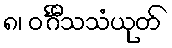
၈၊ ဝင်္ဂီသသံယုတ်